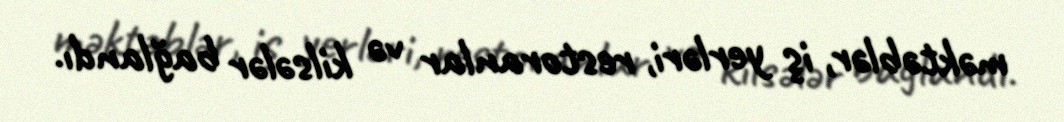
məktəblər, iş yerləri, restoranlar və kilsələr bağlandı.